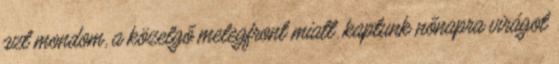
azt mondom, a közelgő melegfront miatt. kaptunk nőnapra virágot